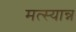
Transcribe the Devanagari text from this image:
मत्स्यान्न